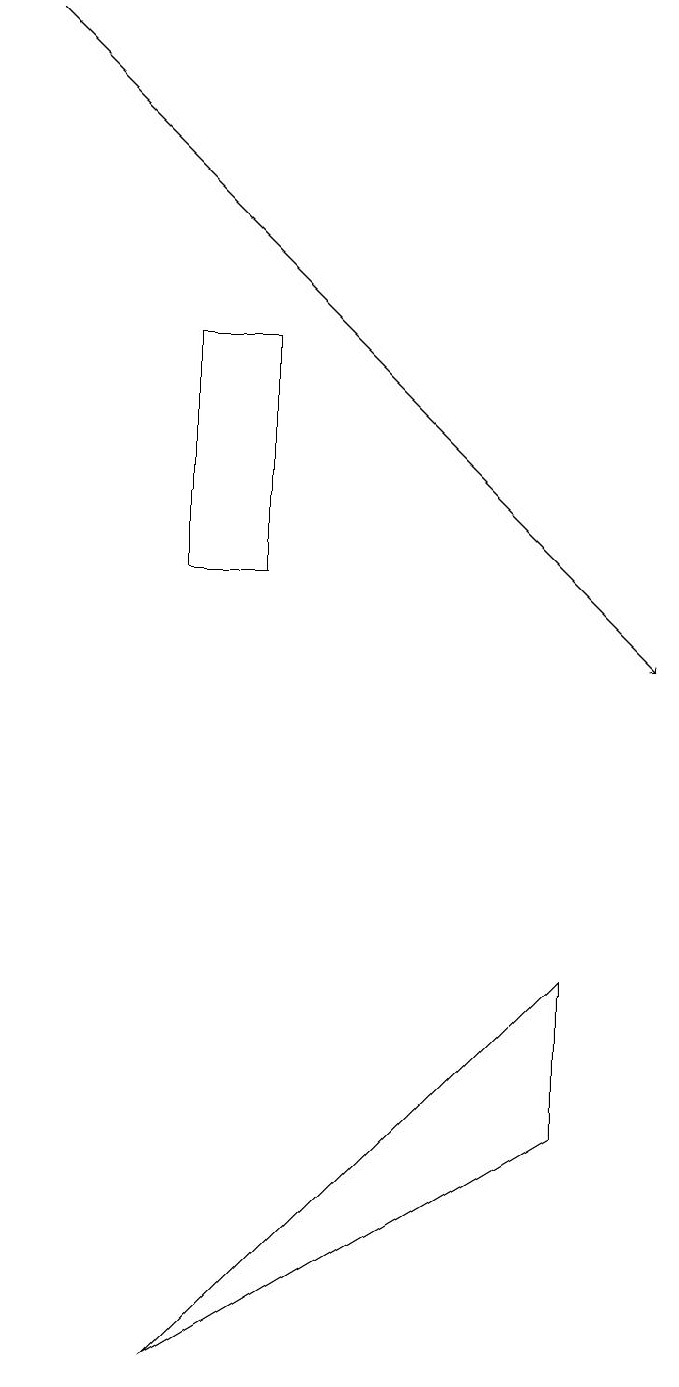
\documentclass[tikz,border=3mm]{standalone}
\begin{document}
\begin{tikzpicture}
\draw (2,15) rectangle (3,12);
\draw[->] (0,19) -- (8,11);
\draw (2,2) -- (7,7) -- (7,5) -- cycle;
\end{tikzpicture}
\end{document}